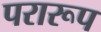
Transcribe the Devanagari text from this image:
परारूप